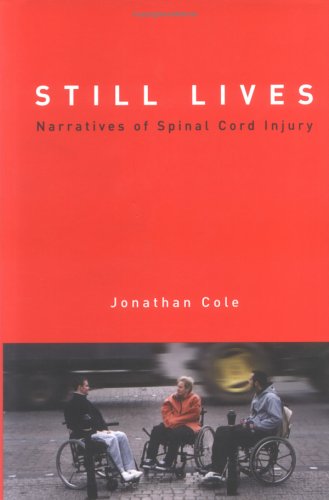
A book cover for Still Lives: Narratives of Spinal Cord Injury (Bradford Books); Jonathan Cole; Health, Fitness & Dieting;